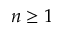
n \geq 1